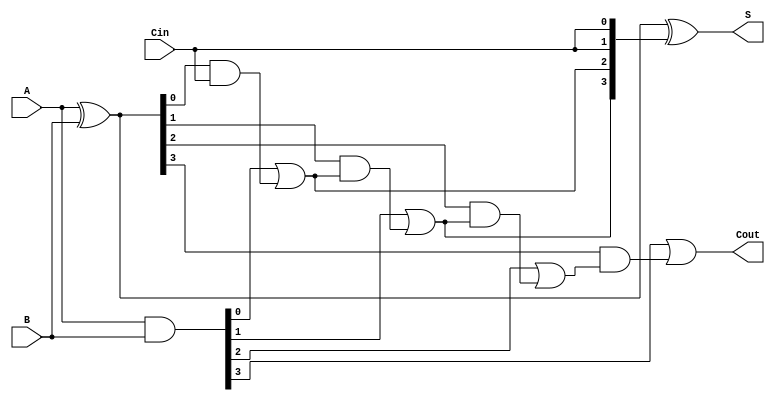
module CLA_4bit (
    input [3:0] A,
    input [3:0] B,
    input Cin,
    output [3:0] S,
    output Cout
);
    wire [3:0] G; // Generate signals
    wire [3:0] P; // Propagate signals
    wire [3:0] C; // Carry signals

    // Generate and Propagate Logic
    assign G = A & B;          // G[i] = A[i] * B[i]
    assign P = A ^ B;          // P[i] = A[i] + B[i]

    // Carry Lookahead Logic
    assign C[0] = Cin;                     // C[0] = Cin
    assign C[1] = G[0] | (P[0] & C[0]);    // C[1] = G[0] + (P[0] * C[0])
    assign C[2] = G[1] | (P[1] & C[1]);    // C[2] = G[1] + (P[1] * C[1])
    assign C[3] = G[2] | (P[2] & C[2]);    // C[3] = G[2] + (P[2] * C[2])
    assign Cout = G[3] | (P[3] & C[3]);    // Cout = G[3] + (P[3] * C[3])

    // Sum Calculation
    assign S = P ^ {C[2:0], Cin}; // S[i] = A[i] XOR B[i] XOR C[i]

endmodule